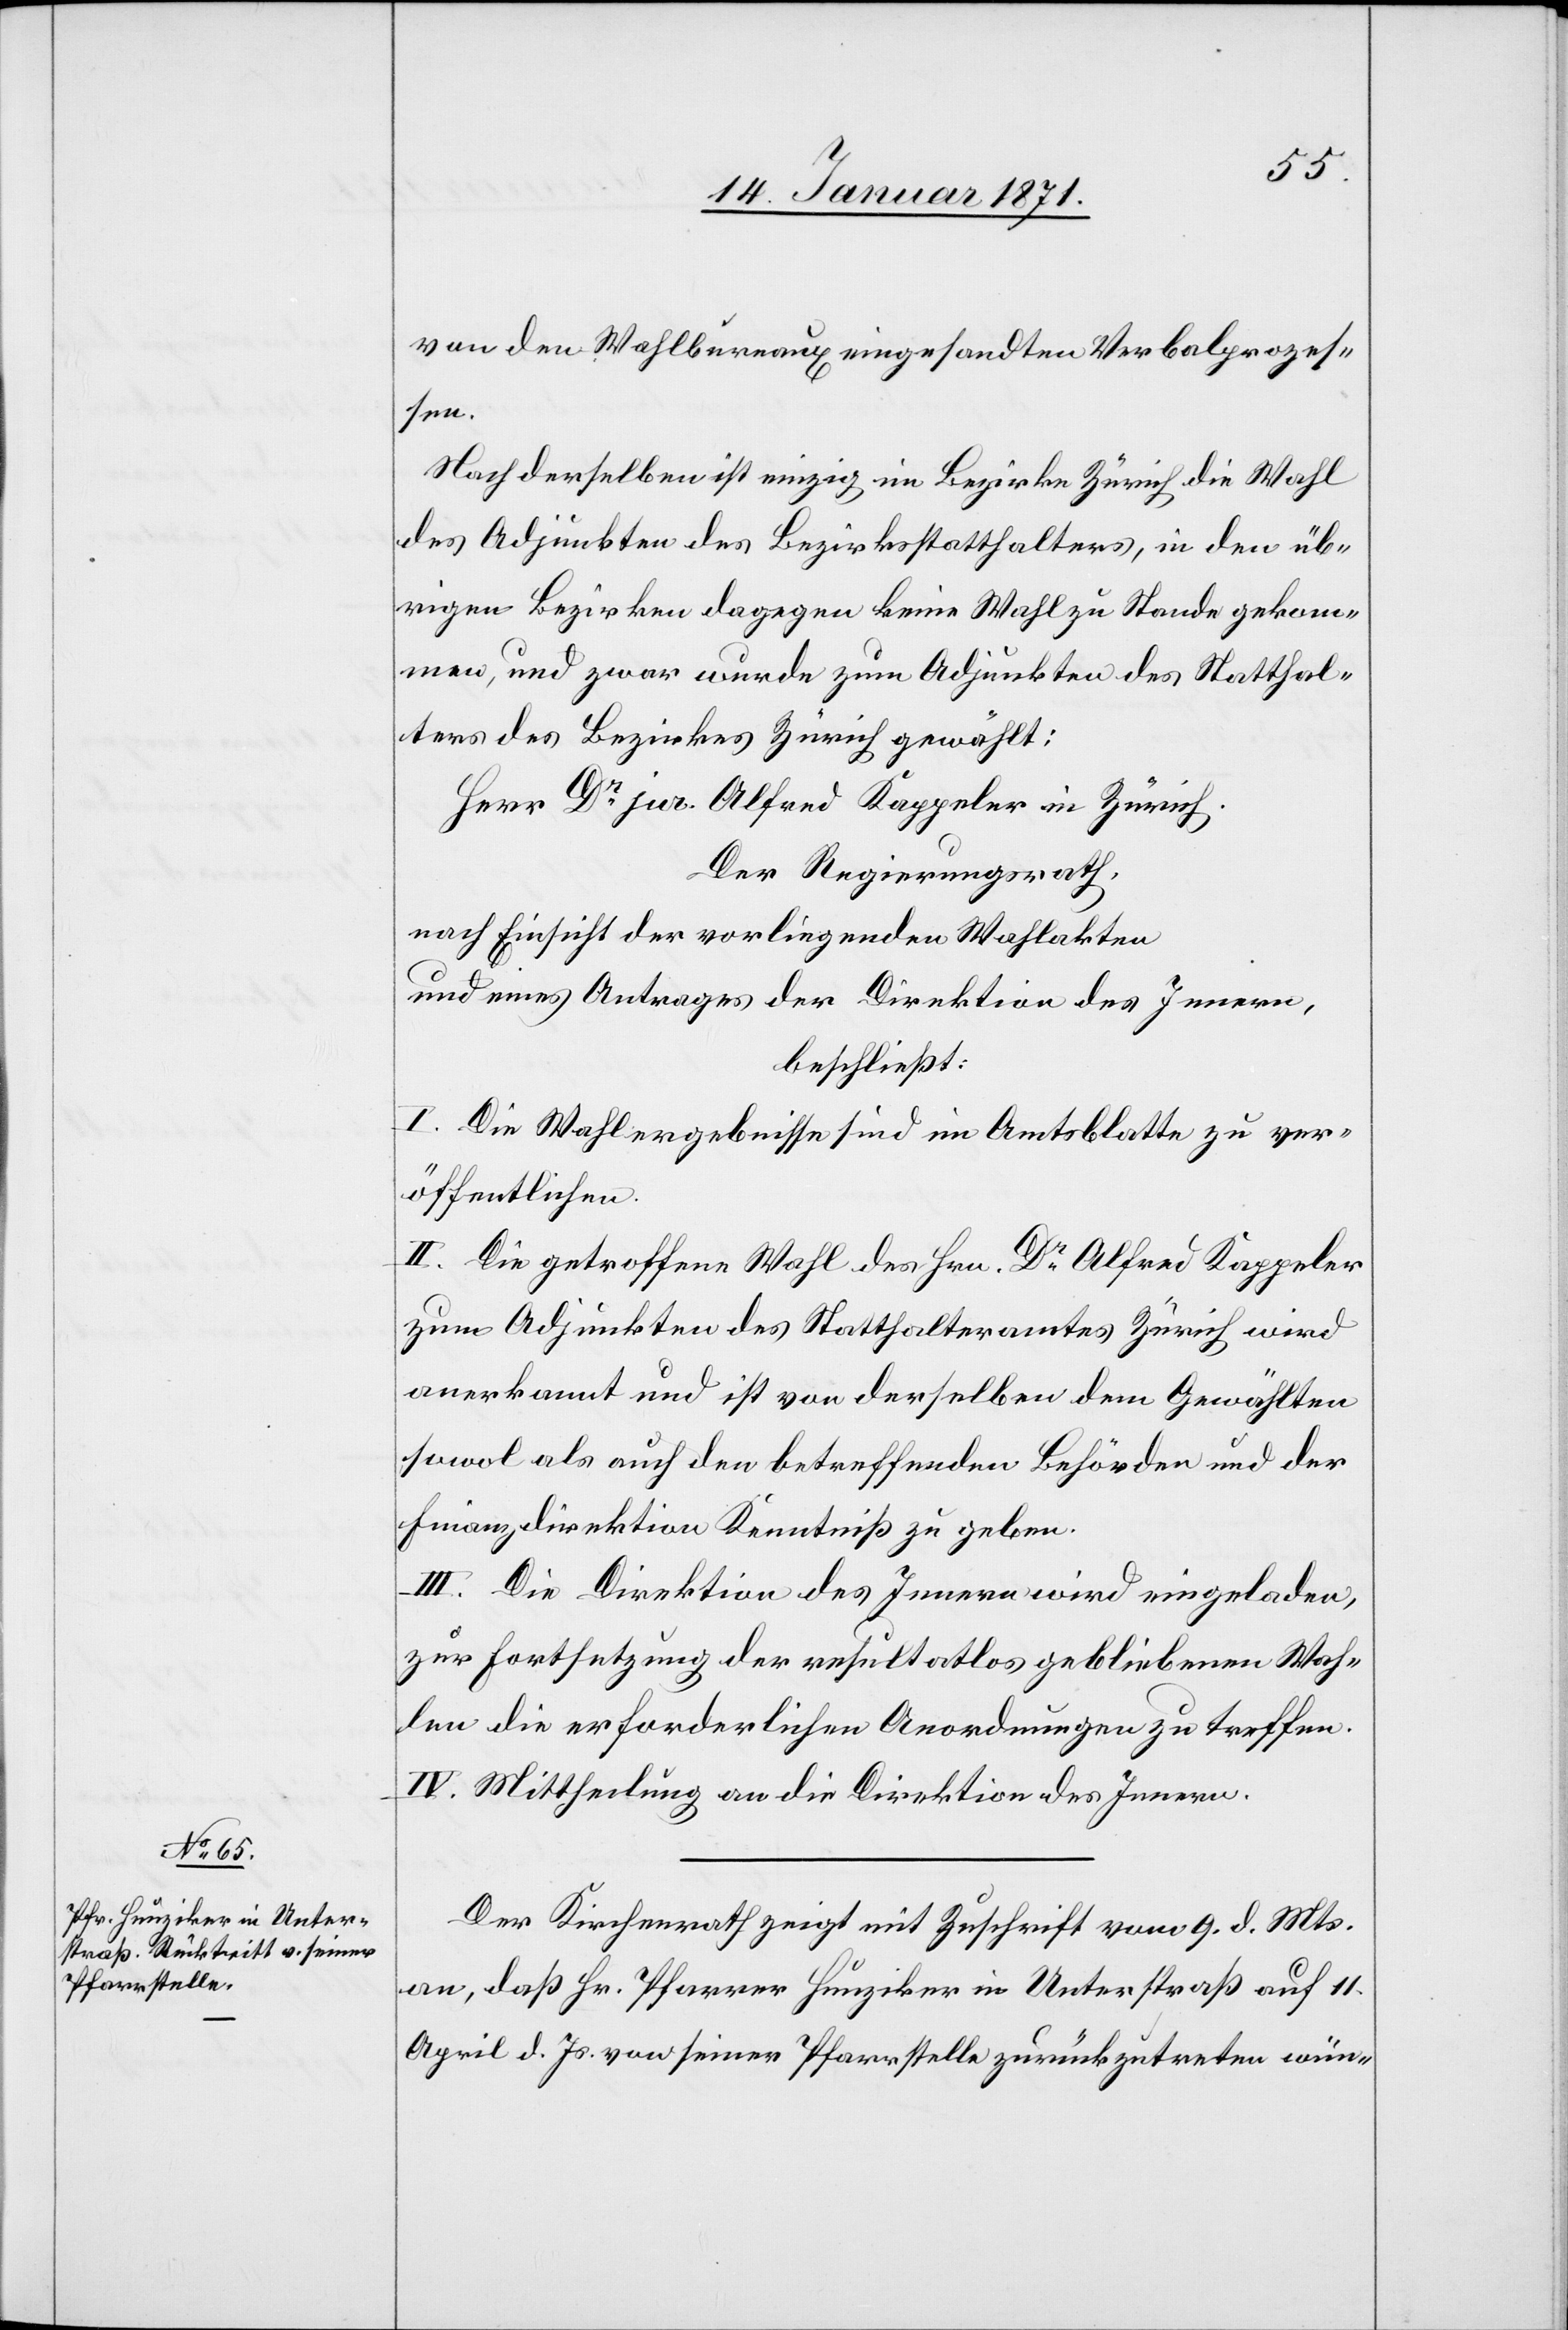
von den Wahlbureaux eingesandten Verbalprozes¬
sen.
Nach derselben ist einzig im Bezirke Zürich die Wahl
des Adjunkten des Bezirksstatthalters, in den üb¬
rigen Bezirken dagegen keine Wahl zu Stande gekom¬
men, und zwar wurde zum Adjunkten des Statthal¬
ters des Bezirkes Zürich gewählt:
Herr Dr. jur. Alfred Kappeler in Zürich.
Der Regierungsrath,
nach Einsicht der vorliegenden Wahlakten
und eines Antrages der Direktion des Innern,
beschließt:
I. Die Wahlergebnisse sind im Amtsblatte zu ver¬
öffentlichen.
II. Die getroffene Wahl des Hrn. Dr. Kappeler
zum Adjunkten des Statthalteramtes Zürich wird
anerkannt und ist von derselben dem Gewählten
sowol als auch den betreffenden Behörden und der
Finanzdirektion Kenntniß zu geben.
III. Die Direktion des Innern wird eingeladen,
zur Fortsetzung der resultatlos gebliebenen Wah¬
len die erforderlichen Anordnungen zu treffen.
IV. Mittheilung an die Direktion des Innern.
Der Kirchenrath zeigt mit Zuschrift vom 9. d. Mts.
an, daß Hr. Pfarrer Hunziker in Unterstraß auf 11.
April d. Js. von seiner Pfarrstelle zurückzutreten wün-